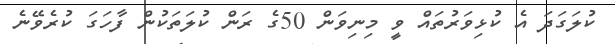
ކުލަގަދަ އެ ކުޅިވަރުތައް ވީ މިނިވަން 50ގެ ރަން ކުލަތަކުން ފާހަގަ ކުރެވޭނެ